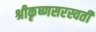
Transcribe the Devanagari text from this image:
श्रीकृष्णसरस्वती